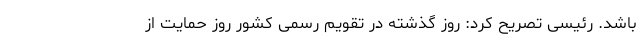
باشد. رئیسی تصریح کرد:‌ روز گذشته در تقویم رسمی کشور روز حمایت از